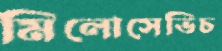
মিলোসেভিচ